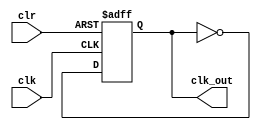
module clk_div_2 (clk_out, clk, clr);
	output reg clk_out;
	input clk, clr;  
   

   always @(posedge clk or posedge clr) begin
       //If clear is high, set q to 0
       if (clr) begin
           clk_out <= 1'b0;
       end else begin
           clk_out <= ~clk_out;
       end
   end
	endmodule